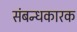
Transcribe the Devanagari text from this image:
संबन्धकारक